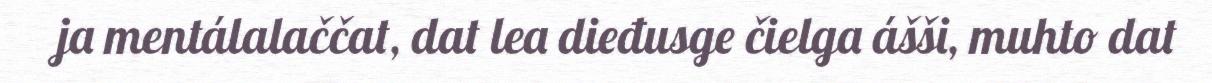
ja mentálalaččat, dat lea dieđusge čielga ášši, muhto dat